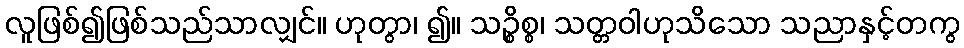
လူဖြစ်၍ဖြစ်သည်သာလျှင်။ ဟုတွာ၊ ၍။ သဉ္စိစ္စ၊ သတ္တဝါဟုသိသော သညာနှင့်တကွ